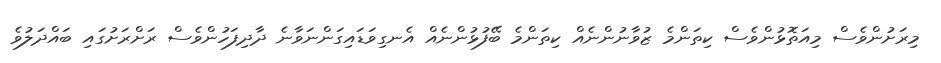
މިރަށުންވެސް މިއަތޮޅުންވެސް ކިތަންމެ ޒުވާނުންނެއް ކިތަންމެ ބޭފުޅުންނެއް އެނގިވަޑައިގަންނަވާނެ ދާދިފަހުންވެސް ރަށްރަށުގައި ބައްދަލުވެ